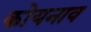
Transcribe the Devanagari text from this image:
कोयनाव